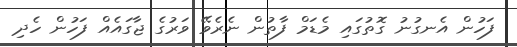
ފަހުން އެނގުނު ގޮތުގައި މެޑަމް ފާތުން ނެރެވޭ ވަރުގެ ޖާގައެއް ފަހުން ހެދި